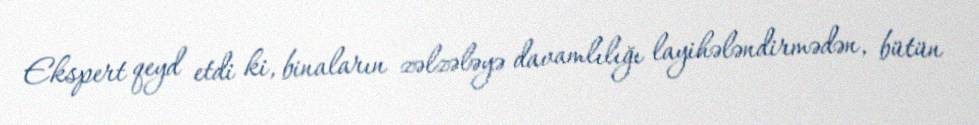
Ekspert qeyd etdi ki, binaların zəlzələyə davamlılığı layihələndirmədən, bütün